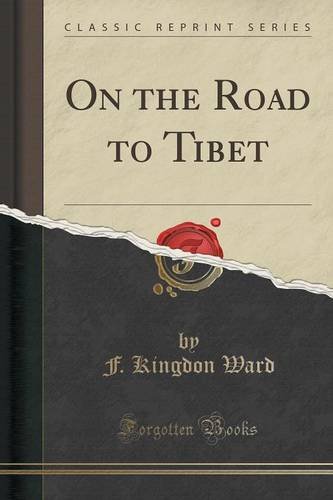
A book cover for On the Road to Tibet (Classic Reprint); F. Kingdon Ward; Travel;